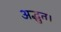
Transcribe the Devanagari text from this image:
अद्भुत।